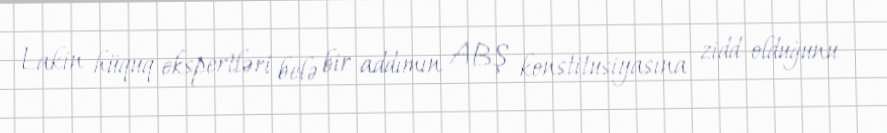
Lakin hüquq ekspertləri belə bir addımın ABŞ konstitusiyasına zidd olduğunu